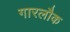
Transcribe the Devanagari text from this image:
गारलौक